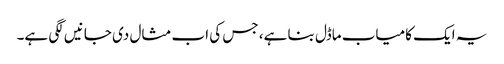
یہ ایک کامیاب ماڈل بنا ہے، جس کی اب مثال دی جانیں لگی ہے۔